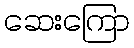
ဆေးကြော